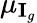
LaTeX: \mu_{\textbf{I}_{g}}